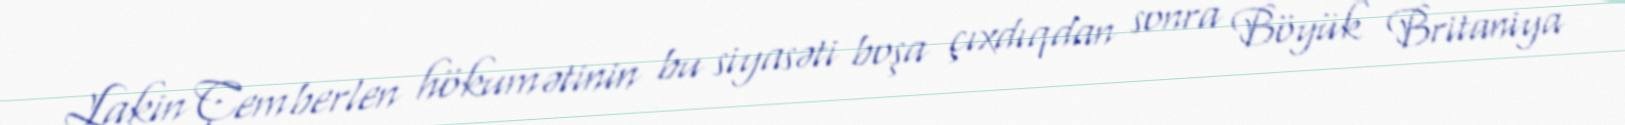
Lakin Çemberlen hökumətinin bu siyasəti boşa çıxdıqdan sonra Böyük Britaniya